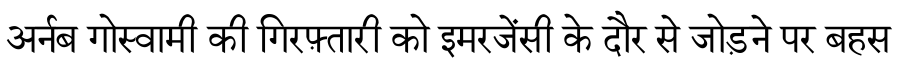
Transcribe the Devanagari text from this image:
अर्नब गोस्वामी की गिरफ़्तारी को इमरजेंसी के दौर से जोड़ने पर बहस